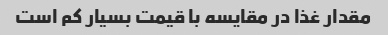
مقدار غذا در مقایسه با قیمت بسیار کم است